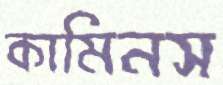
কামিনস